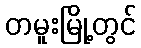
တမူးမြို့တွင်